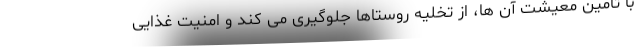
با تامین معیشت آن ها، از تخلیه روستاها جلوگیری می کند و امنیت غذایی